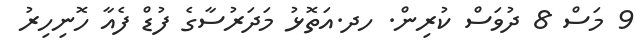
9 މަސް 8 ދުވަސް ކުރިން. ހދ.އަތޮޅު މަދަރުސާގެ ފުޑް ފެއާ ހޮނިހިރު